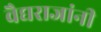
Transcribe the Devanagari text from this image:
वैद्यराजांनी